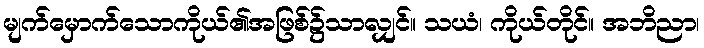
မျက်မှောက်သောကိုယ်၏အဖြစ်၌သာလျှင်။ သယံ၊ ကိုယ်တိုင်။ အဘိညာ၊